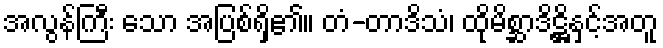
အလွန်ကြီး သော အပြစ်ရှိ၏။ တံ-တာဒိသံ၊ ထိုမိစ္ဆာဒိဋ္ဌိနှင့်အတူ